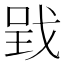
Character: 𢧄